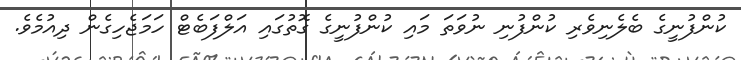
ކުންފުނީގެ ބެލެނިވެރި ކުންފުނި ނުވަތަ މައި ކުންފުނީގެ ގޮތުގައި އަލްފަބެޓް ހަމަޖެހިގެން ދިއުމެވެ.